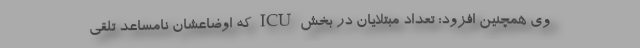
وی همچنین افزود: تعداد مبتلایان در بخش ICU که اوضاعشان نامساعد تلقی